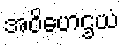
အဝိဟေဌယံ